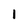
Character: i